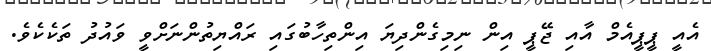
އެއީ ޕީޕީއެމް އާއި ޖޭޕީ އިން ނިމިގެންދިޔަ އިންތިހާބުގައި ރައްޔިތުންނަށްވީ ވައުދު ތަކެކެވެ.